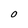
Character: O